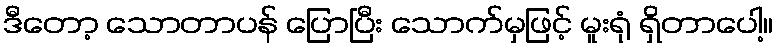
ဒီတော့ သောတာပန် ပြောပြီး သောက်မှဖြင့် မူးရုံ ရှိတာပေါ့။